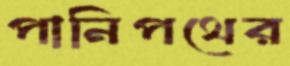
পানিপথের